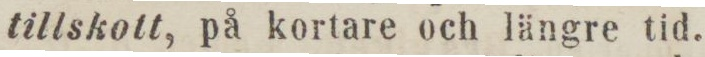
tillskott, på kortare och längre tid.